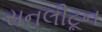
સનલીટૂન